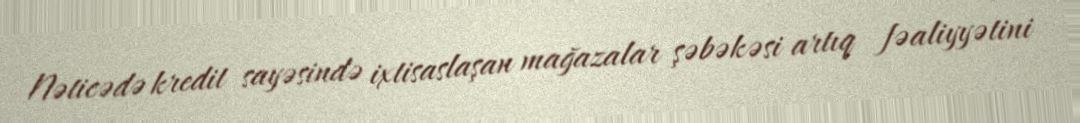
Nəticədə kredit sayəsində ixtisaslaşan mağazalar şəbəkəsi artıq fəaliyyətini